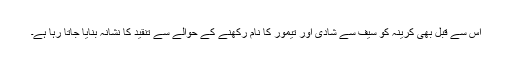
اس سے قبل بھی کرینہ کو سیف سے شادی اور تیمور کا نام رکھنے کے حوالے سے تنقید کا نشانہ بنایا جاتا رہا ہے۔